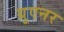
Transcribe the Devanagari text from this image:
ग्रुएनर